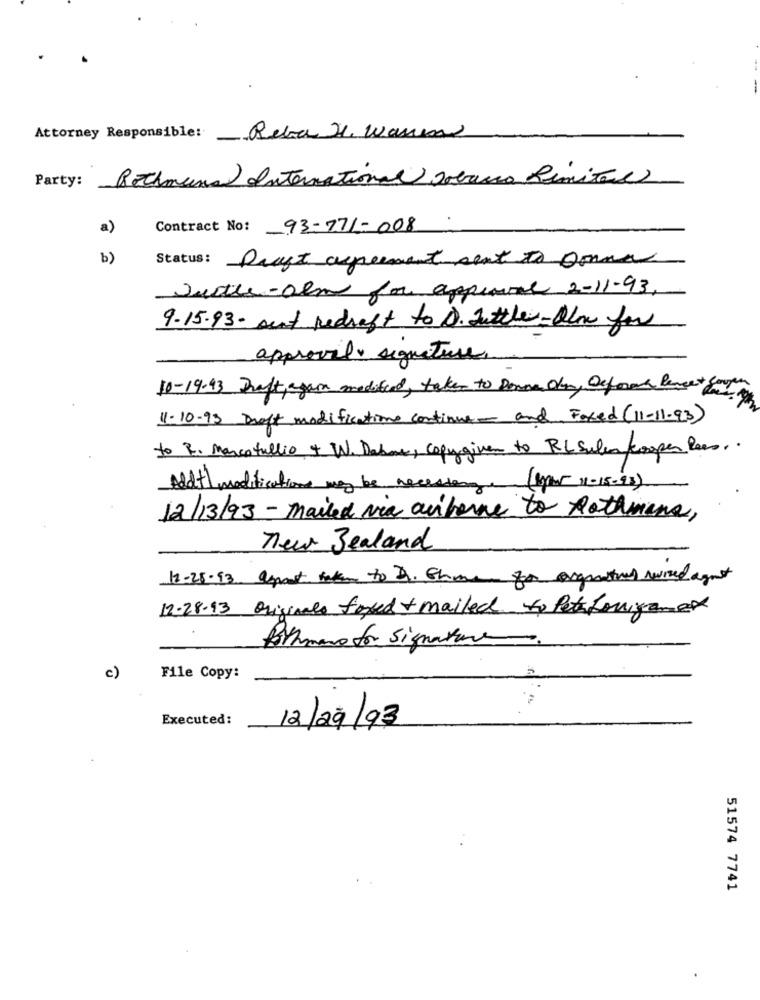
Attorney Responsible: Reba J. Wann
Party:
Bothmens International Scacco Limites
a)
Contract No: 93-771-008
b)
Status: Draft agreement sent to Donna
Justle-alm for appearance 2-11-93,
9.15.93 - sent redraft to D. Juttler - Alm for
approval signature.
10-19-93 Draft, again modified, takes to Donna Okay, Deforma Peneet Couper
11-10-93 Draft modifications continue- and Faxed (11-11-93)
to R. Marcotullio + W. Dabone, copygiven to RLSulan cooper lees ..
Add 1 modifications may be necessary. (ypor 11-15-93)
12/13/93 - mailed via autone to Rothmans,
new Zealand
12-25-93. asport bakan to D. Ghome for orgestrel wired agat
12.28.13 Originale foxed + mailed to Peteforgames
Birmano for Signature
c)
File Copy:
Executed:
12/29/93
51574 7741
.